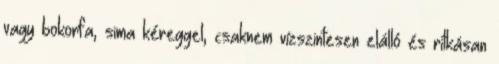
vagy bokorfa, sima kéreggel, csaknem vízszintesen elálló és ritkásan